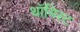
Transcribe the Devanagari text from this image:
थॉमिस्ट